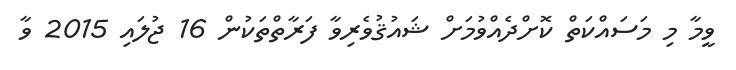
ވީމާ މި މަސައްކަތް ކޮށްދެއްވުމަށް ޝައުޤުވެރިވާ ފަރާތްތަކުން 16 ޖުލައި 2015 ވާ